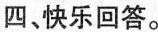
四、快乐回答。